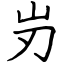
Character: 岃